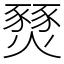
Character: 燹